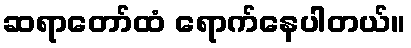
ဆရာတော်ထံ ရောက်နေပါတယ်။